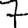
Digit: 7